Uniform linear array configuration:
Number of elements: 16
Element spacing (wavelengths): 0.75
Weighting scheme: kaiser
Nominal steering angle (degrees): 45
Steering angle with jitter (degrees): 44.946
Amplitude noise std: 0.05
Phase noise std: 0.05

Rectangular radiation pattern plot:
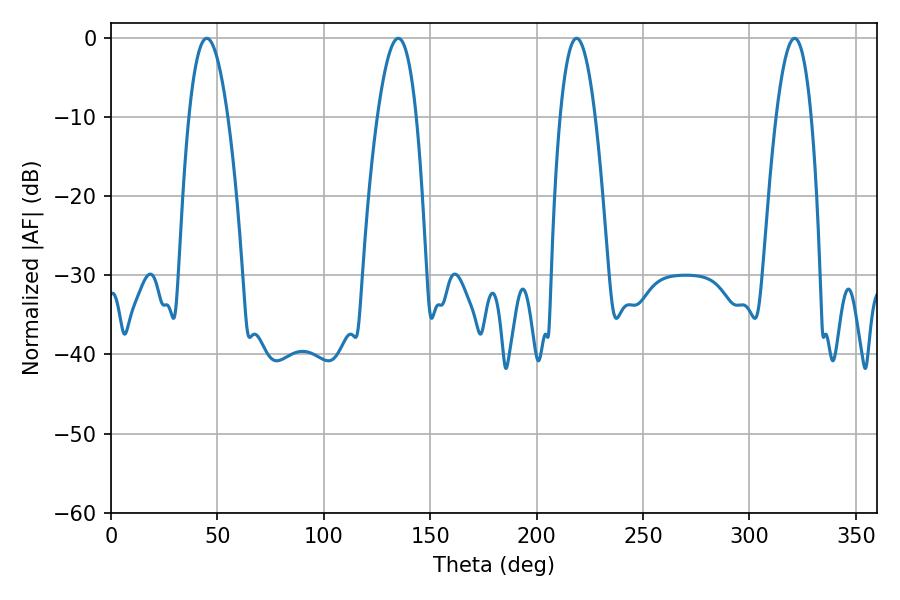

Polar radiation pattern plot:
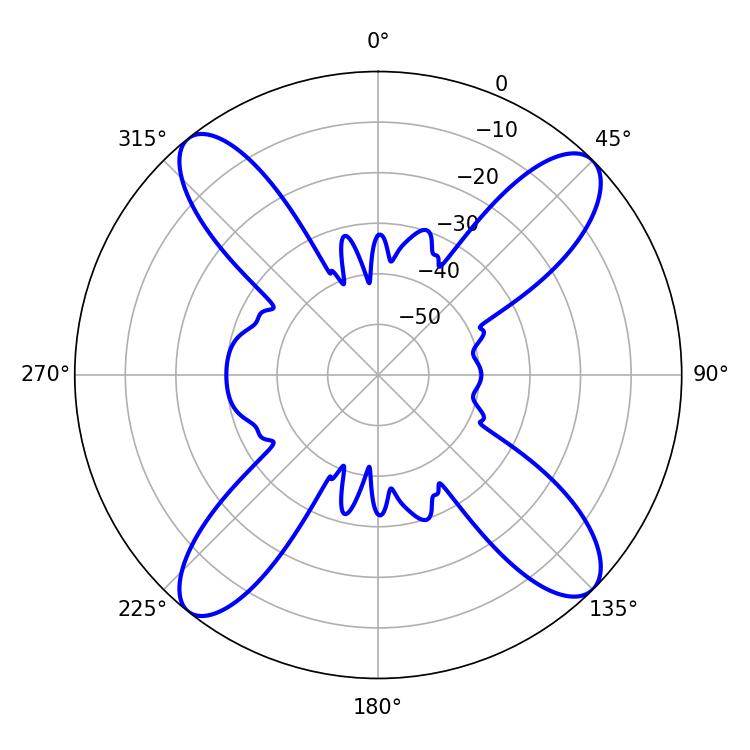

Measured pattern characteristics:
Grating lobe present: TRUE
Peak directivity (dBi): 15.744
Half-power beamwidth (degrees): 10.08
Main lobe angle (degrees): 45